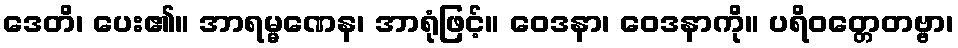
ဒေတိ၊ ပေး၏။ အာရမ္မဏေန၊ အာရုံဖြင့်။ ဝေဒနာ၊ ဝေဒနာကို။ ပရိဝတ္တေတဗ္ဗာ၊